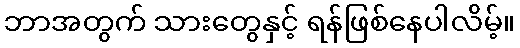
ဘာအတွက် သားတွေနှင့် ရန်ဖြစ်နေပါလိမ့်။